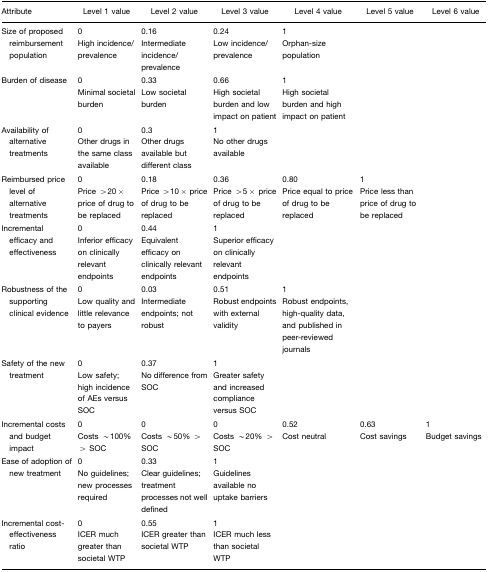
<table><thead><tr><td><b>Attribute</b></td><td><b>Level 1 value</b></td><td><b>Level 2 value</b></td><td><b>Level 3 value</b></td><td><b>Level 4 value</b></td><td><b>Level 5 value</b></td><td><b>Level 6 value</b></td></tr></thead><tbody><tr><td>Size of proposed reimbursement population</td><td>0High incidence/prevalence</td><td>0.16Intermediate incidence/prevalence</td><td>0.24Low incidence/prevalence</td><td>1Orphan-size population</td><td> </td><td> </td></tr><tr><td>Burden of disease</td><td>0Minimal societal burden</td><td>0.33Low societal burden</td><td>0.66High societal burden and low impact on patient</td><td>1High societal burden and high impact on patient</td><td> </td><td> </td></tr><tr><td>Availability of alternative treatments</td><td>0Other drugs in the same class available</td><td>0.3Other drugs available but different class</td><td>1No other drugs available</td><td> </td><td> </td><td> </td></tr><tr><td>Reimbursed price level of alternative treatments</td><td>0Price &gt;20× price of drug to be replaced</td><td>0.18Price &gt;10× price of drug to be replaced</td><td>0.36Price &gt;5× price of drug to be replaced</td><td>0.80Price equal to price of drug to be replaced</td><td>1Price less than price of drug to be replaced</td><td> </td></tr><tr><td>Incremental efficacy and effectiveness</td><td>0Inferior efficacy on clinically relevant endpoints</td><td>0.44Equivalent efficacy on clinically relevant endpoints</td><td>1Superior efficacy on clinically relevant endpoints</td><td> </td><td> </td><td> </td></tr><tr><td>Robustness of the supporting clinical evidence</td><td>0Low quality and little relevance to payers</td><td>0.03Intermediate endpoints; not robust</td><td>0.51Robust endpoints with external validity</td><td>1Robust endpoints, high-quality data, and published in peer-reviewed journals</td><td> </td><td> </td></tr><tr><td>Safety of the new treatment</td><td>0Low safety; high incidence of AEs versus SOC</td><td>0.37No difference from SOC</td><td>1Greater safety and increased compliance versus SOC</td><td> </td><td> </td><td> </td></tr><tr><td>Incremental costs and budget impact</td><td>0Costs ~100% &gt; SOC</td><td>0Costs ~50% &gt; SOC</td><td>0Costs ~20% &gt; SOC</td><td>0.52Cost neutral</td><td>0.63Cost savings</td><td>1Budget savings</td></tr><tr><td>Ease of adoption of new treatment</td><td>0No guidelines; new processes required</td><td>0.33Clear guidelines; treatment processes not well defined</td><td>1Guidelines available no uptake barriers</td><td> </td><td> </td><td> </td></tr><tr><td>Incremental cost-effectiveness ratio</td><td>0ICER much greater than societal WTP</td><td>0.55ICER greater than societal WTP</td><td>1ICER much less than societal WTP</td><td> </td><td> </td><td> </td></tr></tbody></table>